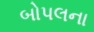
બોપલના